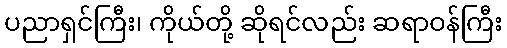
ပညာရှင်ကြီး၊ ကိုယ်တို့ ဆိုရင်လည်း ဆရာဝန်ကြီး